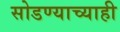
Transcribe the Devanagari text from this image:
सोडण्याच्याही